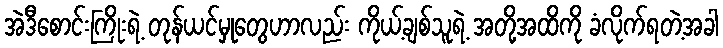
အဲဒီစောင်းကြိုးရဲ့ တုန်ယင်မှုတွေဟာလည်း ကိုယ့်ချစ်သူရဲ့ အတို့အထိကို ခံလိုက်ရတဲ့အခါ